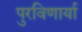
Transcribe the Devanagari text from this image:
पुरविणार्या